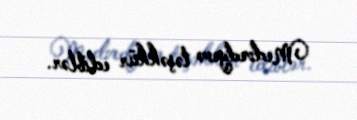
Medvedyevə təşəkkür ediblər.